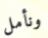
ونأمل